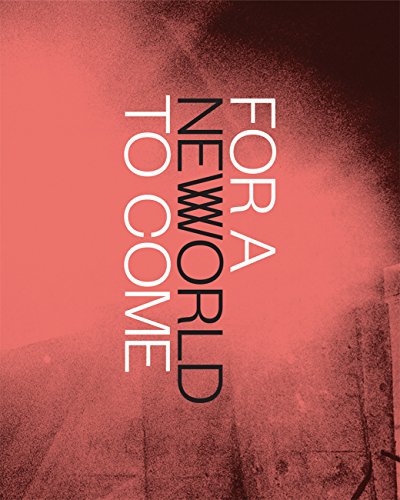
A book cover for For a New World to Come: Experiments in Japanese Art and Photography, 1968EE1979 (Museum of Fine Arts, Houston); Yasufumi Nakamori; Arts & Photography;